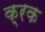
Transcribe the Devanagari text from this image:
क्रक